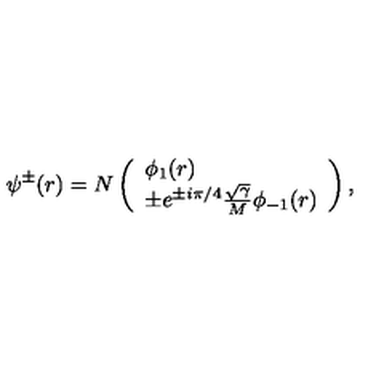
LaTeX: \psi ^ { \pm } ( r ) = N \left( \begin{array} { l } { \phi _ { 1 } ( r ) } \\ { \pm e ^ { \pm i \pi / 4 } \frac { \sqrt { \gamma } } { M } \phi _ { - 1 } ( r ) } \\ \end{array} \right) ,